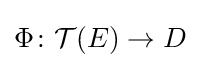
\Phi \colon {\mathcal {T}}(E)\to D